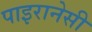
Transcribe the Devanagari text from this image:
पाइरानेसी